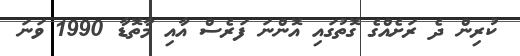
ކުރިން ދެ ރަށެއްގެ ގޮތުގައި އޮންނަ ފަރެސް އާއި މާތޮޑާ 1990 ވަނަ